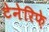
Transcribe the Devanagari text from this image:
टेनेरिफ़े